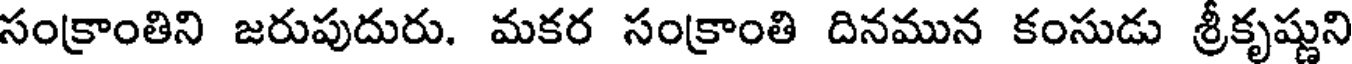
సంక్రాంతిని జరుపుదురు. మకర సంక్రాంతి దినమున కంసుడు శ్రీకృష్ణుని